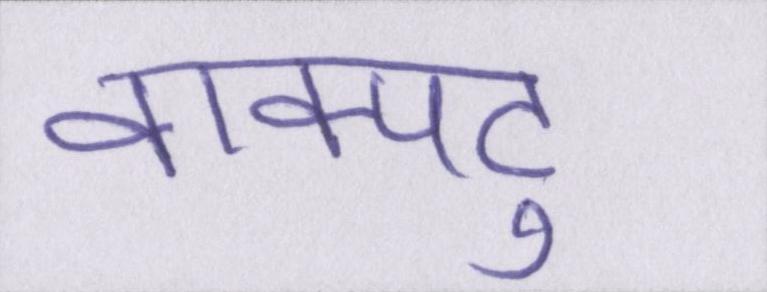
वाक्पटु